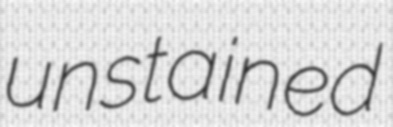
unstained